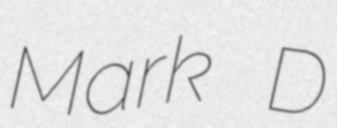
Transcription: Mark D